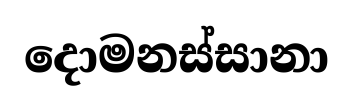
දොමනස්සානා